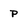
Character: p